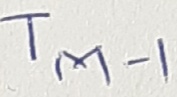
Text: TM-1